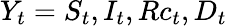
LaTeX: Y_{t}=S_{t},I_{t},Rc_{t},D_{t}